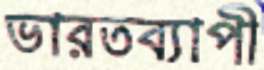
ভারতব্যাপী